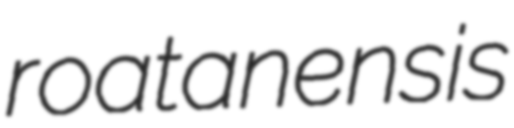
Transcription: roatanensis